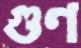
গুণ